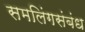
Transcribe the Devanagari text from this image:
समलिंगसंबंध